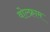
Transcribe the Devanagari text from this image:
वोल्फ्राम